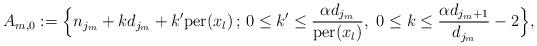
LaTeX: \begin{align*} A_{m,0}:=\Bigl\{n_{j_{m}}+kd_{j_{m}}+k'\textrm{per}(x_{l})\,;\,0\le k'\le \dfrac{\alpha d_{j_{m}}}{\textrm{per}(x_{l})},\ 0\le k\le \dfrac{\alpha d_{j_{m}+1}}{d_{j_{m}}}-2\Bigr\} ,\end{align*}